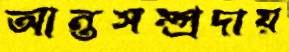
আন্তসম্প্রদায়